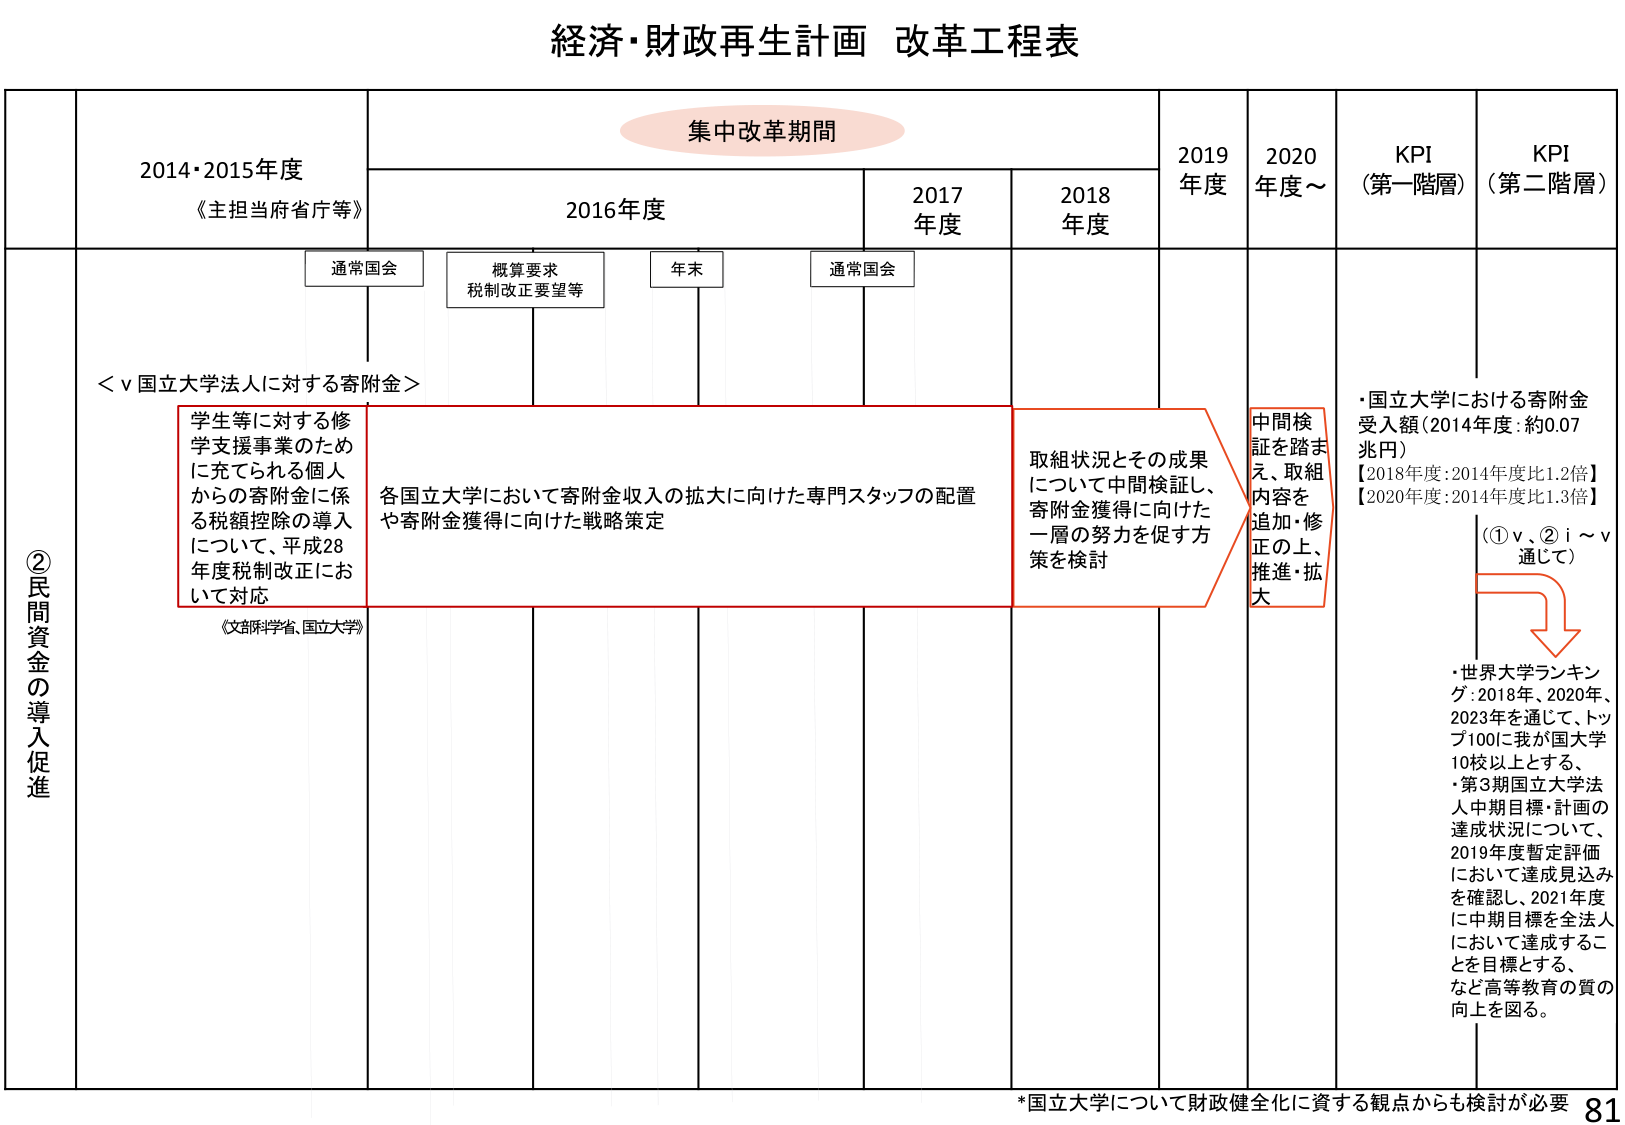
経済・財政再生計画 改革工程表

集中改革期間

2014・2015年度
《主担当府省庁等》

2016年度

2017年度

2018年度

2019年度

2020年度～

KPI
（第一階層）

KPI
（第二階層）

通常国会

概算要求
税制改正要望等

年末

通常国会

②民間資金の導入促進

＜ⅴ国立大学法人に対する寄附金＞

学生等に対する修学支援事業のために充てられる個人からの寄附金に係る税額控除の導入について、平成28年度税制改正において対応

《文部科学省、国立大学》

各国立大学において寄附金収入の拡大に向けた専門スタッフの配置や寄附金獲得に向けた戦略策定

取組状況とその成果について中間検証し、寄附金獲得に向けた一層の努力を促す方策を検討

中間検証を踏まえ、取組内容を追加・修正の上、推進・拡大

・国立大学における寄附金受入額（2014年度：約0.07兆円）
【2018年度：2014年度比1.2倍】
【2020年度：2014年度比1.3倍】

（①ⅴ、②ⅰ～ⅴ通じて）

・世界大学ランキング：2018年、2020年、2023年を通じて、トップ100に我が国大学10校以上とする、
・第3期国立大学法人中期目標・計画の達成状況について、2019年度暫定評価において達成見込みを確認し、2021年度に中期目標を全法人において達成することを目標とする、など高等教育の質の向上を図る。

*国立大学について財政健全化に資する観点からも検討が必要

81